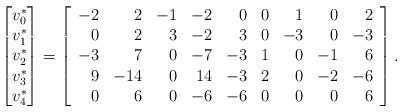
LaTeX: \begin{align*}\begin{bmatrix} v_0^* \\v_1^* \\v_2^* \\v_3^* \\v_4^* \\\end{bmatrix}=\left[\begin{array}{rrrrrrrrr}-2 & 2 & -1 & -2 & 0 & 0 & 1 & 0 & 2 \\ 0 & 2 & 3 & -2 & 3 & 0 & -3 & 0 & -3 \\ -3 & 7 & 0 & -7 & -3 & 1 & 0 & -1 & 6 \\ 9 & -14 & 0 & 14 & -3 & 2 & 0 & -2 & -6 \\ 0 & 6 & 0 & -6 & -6 & 0 & 0 & 0 & 6 \\\end{array}\right].\end{align*}